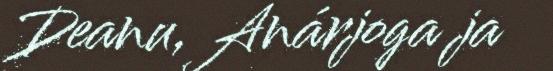
Deanu, Anárjoga ja